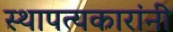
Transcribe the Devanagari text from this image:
स्थापत्यकारांनी